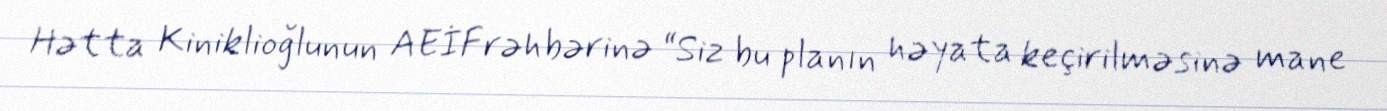
Hətta Kiniklioğlunun AEİF rəhbərinə “Siz bu planın həyata keçirilməsinə mane